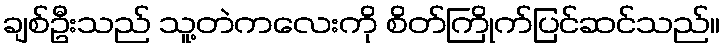
ချစ်ဦးသည် သူ့တဲကလေးကို စိတ်ကြိုက်ပြင်ဆင်သည်။